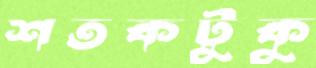
শতকটুকু